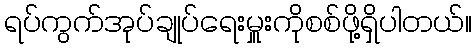
ရပ်ကွက်အုပ်ချုပ်ရေးမှူးကိုစစ်ဖို့ရှိပါတယ်။